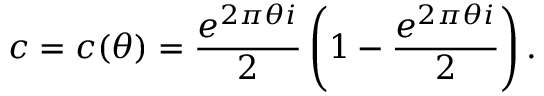
c = c ( \theta ) = { \frac { e ^ { 2 \pi \theta i } } { 2 } } \left( 1 - { \frac { e ^ { 2 \pi \theta i } } { 2 } } \right) .